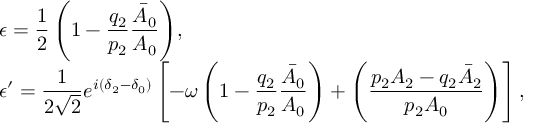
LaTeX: \begin{array} { l } { { \displaystyle { \epsilon = \frac { 1 } { 2 } \left( 1 - \frac { q _ { 2 } } { p _ { 2 } } \frac { \bar { A } _ { 0 } } { A _ { 0 } } \right) } , } } \\ { { \displaystyle { \epsilon ^ { \prime } = \frac { 1 } { 2 \sqrt { 2 } } e ^ { i ( \delta _ { 2 } - \delta _ { 0 } ) } \left[ - \omega \left( 1 - \frac { q _ { 2 } } { p _ { 2 } } \frac { \bar { A } _ { 0 } } { A _ { 0 } } \right) + \left( \frac { p _ { 2 } A _ { 2 } - q _ { 2 } \bar { A } _ { 2 } } { p _ { 2 } A _ { 0 } } \right) \right] , } } } \end{array}